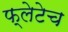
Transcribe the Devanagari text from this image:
फ्लेटेच